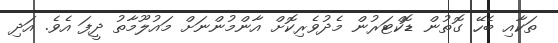
ތަކާއި ބެހޭ ގޮތުން ޑޮކްޓަރުން މެދުވެރިކޮށް އާންމުންނަށް މައުލޫމާތު ދީފަ އެވެ. އަދި